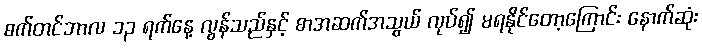
စက်တင်ဘာလ ၁၃ ရက်နေ့ လွန်သည်နှင့် စာအဆက်အသွယ် လုပ်၍ မရနိုင်တော့ကြောင်း နောက်ဆုံး